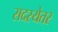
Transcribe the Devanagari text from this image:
सदस्येतर